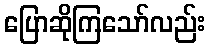
ပြောဆိုကြသော်လည်း